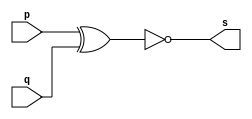
// ------------------------- 
// Exemplo0011 - XNOR 
// Nome: Luis Vasconcelos Dias
// ------------------------- 

// ------------------------- 
// -- xnor gate 
// ------------------------- 
	module xnorgate ( output s, input p, q); 
	assign s = ~(p ^ q); 
	endmodule // xnorgate 
	
// --------------------- 
// -- test xnor gate 
// --------------------- 
	module testxnorgate; 
// ------------------------- dados locais 
	reg a, b; // definir registradores 
	wire s; // definir conexao (fio) 
// ------------------------- instancia 
	xnorgate XNOR1 (s, a, b); 
// ------------------------- preparacao 
	initial begin:start 
		a=0; b=0; 
	end 
// ------------------------- parte principal 
	initial begin 
		$display("Exemplo0011 - Luis Vasconcelos Dias - 412753"); 
		$display("Test XNOR gate"); 
		$display("\na ^ b = s\n"); 
		a=0; b=0; 
	#1 $display("%b ^ %b = %b", a, b, s); 
		a=0; b=1; 
	#1 $display("%b ^ %b = %b", a, b, s); 
		a=1; b=0; 
	#1 $display("%b ^ %b = %b", a, b, s); 
		a=1; b=1; 
	#1 $display("%b ^ %b = %b", a, b, s); 
	end 

endmodule // testxnorgate 

// ------------------------- testes

/*
	Test XNOR gate
  
 	a ^ b = s
  
  	0 ^ 0 = 1 // retorna 1 se todos os bits forem iguais a 0
  	0 ^ 1 = 0
  	1 ^ 0 = 0
  	1 ^ 1 = 1
*/